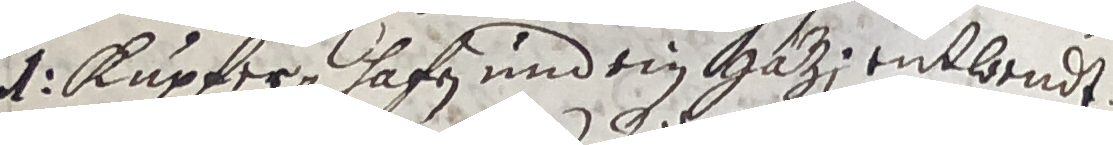
d. Kupferhafen und ein Häzientloendt